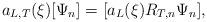
LaTeX: \begin{align*}a_{L,T}(\xi)[\Psi_n] = [a_L(\xi)R_{T,n}\Psi_n],\end{align*}